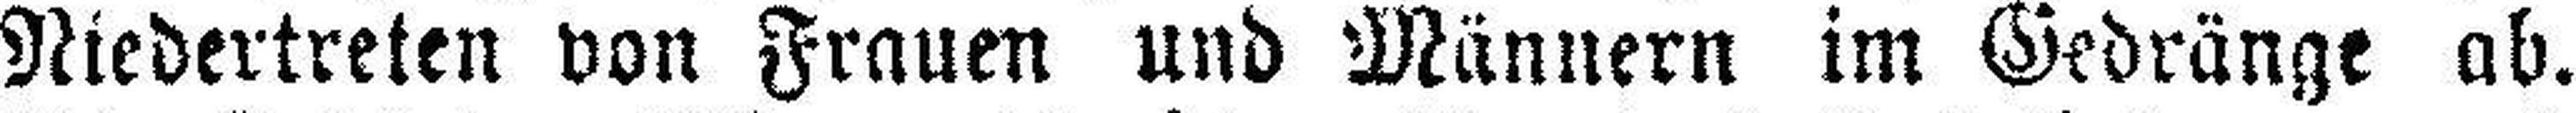
Niedertreten von Frauen und Männern im Gedränge ab.